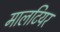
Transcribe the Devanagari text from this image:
मालटियर